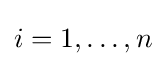
i=1,\ldots ,n\,\!